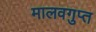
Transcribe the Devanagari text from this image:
मालवगुप्त